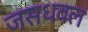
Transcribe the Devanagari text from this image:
जसधवल